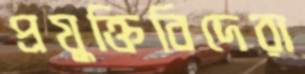
প্রযুক্তিবিদেরা